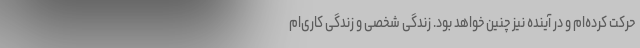
حرکت کرده‌ام و در آینده نیز چنین خواهد بود. زندگی شخصی و زندگی کاری‌ام